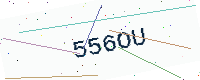
Text: 556OU